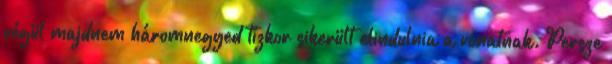
végül majdnem háromnegyed tízkor sikerült elindulnia a vonatnak. Persze